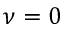
\nu = 0